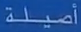
أصيلة